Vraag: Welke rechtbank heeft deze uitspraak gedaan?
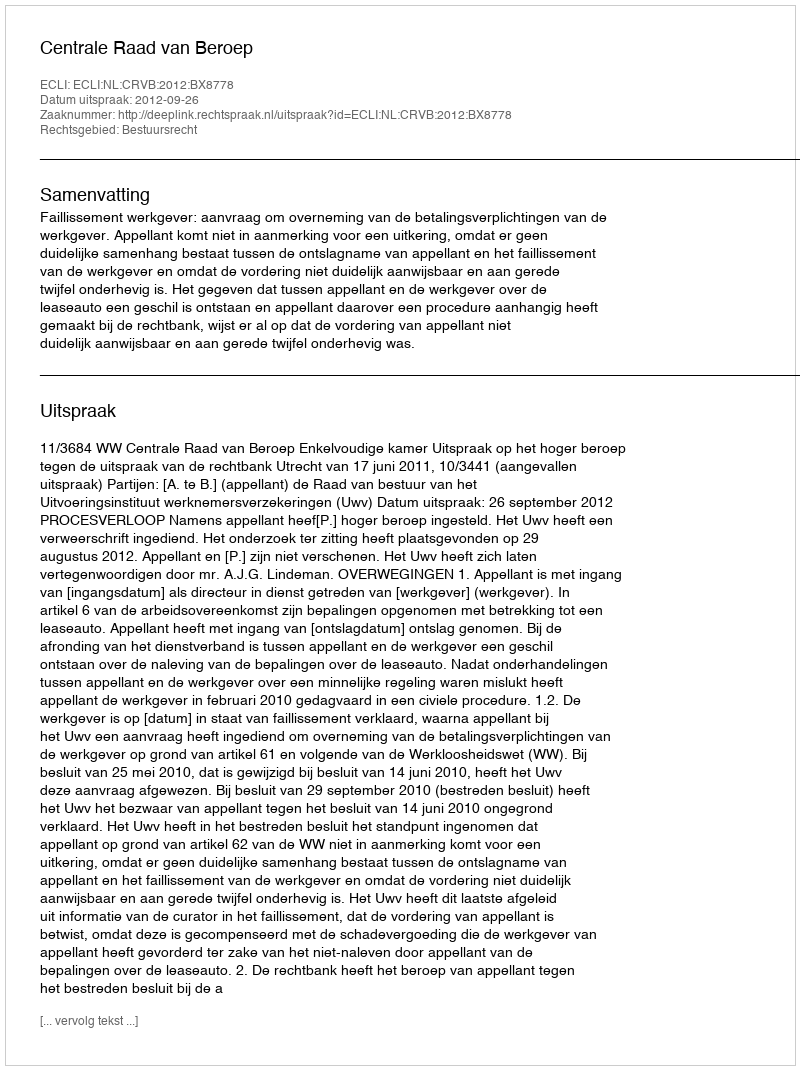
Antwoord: Centrale Raad van Beroep